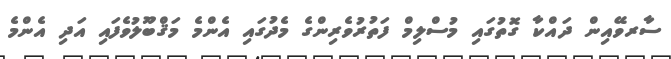
ސާރވޭއިން ދައްކާ ގޮތުގައި މުސްލިމް ފަތުރުވެރިންގެ މެދުގައި އެންމެ މަޤްބޫލުވެފައި އަދި އެންމެ